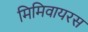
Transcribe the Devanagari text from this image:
मिमिवायरस